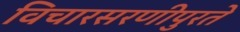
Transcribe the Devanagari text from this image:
विचारसरणीपुरते